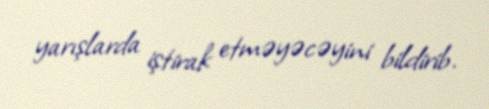
yarışlarda iştirak etməyəcəyini bildirib.